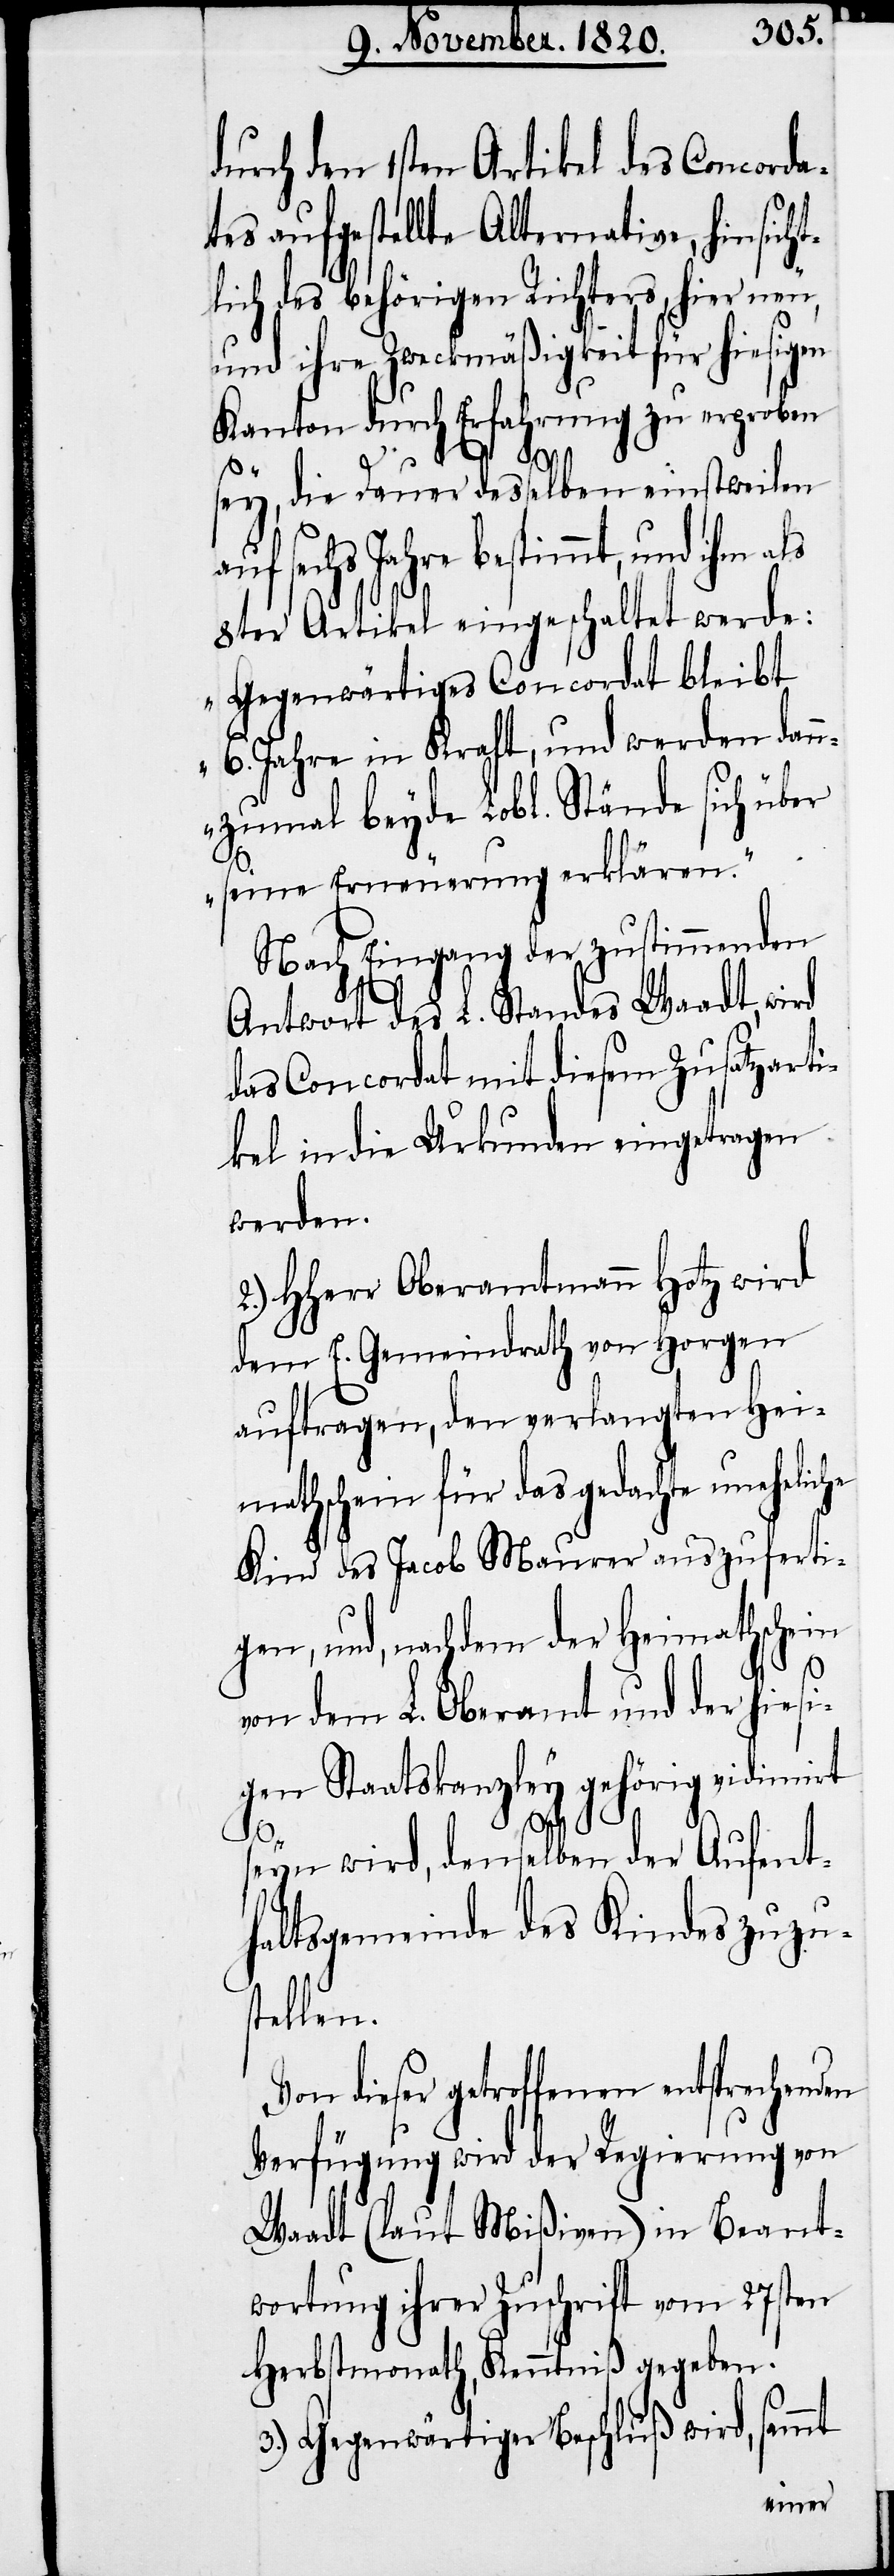
durch den 1sten Artikel des Concorda¬
tes aufgestellte Alternative, hinsich¬
lich des behörigen Richters, hier neu,
und ihre Zweckmäßigkeit für hiesigen
Kanton durch Erfahrung zu erproben
che
sey, die Dauer desselben einstweilen
sechs Jahre bestimmt, und
8ter Artikel eingeschaltet werde:
„Gegenwärtiges Concordat bleibt
6. Jahre in Kraft, und werden dan¬
nzumal beyde Lobl. Stände sich über
seine Erneuerung erklären“.
Nach Eingang der zustimmenden
Antwort des L. Standes Waadt, wird
das Concordat mit diesem Zusatzarti¬
kel in die Urkunden eingetragen
werden.
2.) HHerr Oberamtmann Hotz wird
Horgen
den E. Gemeindrath von
auftragen, den verlangten Hei¬
mathschein für das gedachte uneheli¬
Kind des Jacob Maurer auszuferti¬
gen, und, nachdem der Heimathschein
t¬
von dem L. Oberamt und der hiesi¬
gen Staatskanzley gehörig vidimirt
seyn wird, denselben der Aufent¬
haltsgemeinde des Kindes zuzu¬
stellen.
Von dieser getroffenen entsprechenden
Verfügung wird der Regierung von
Waadt (laut Mißiven) in Beant¬
wortung ihrer Zuschrift vom 27sten
Herbstmonath, Kenntniß gegeben.
3.) Gegenwärtiger Beschluß wird, sammt